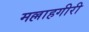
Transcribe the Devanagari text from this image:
मल्लाहगीरी